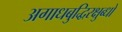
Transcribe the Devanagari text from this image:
अगाधबुद्धिरक्षुब्धो